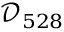
\mathcal { D } _ { 5 2 8 }